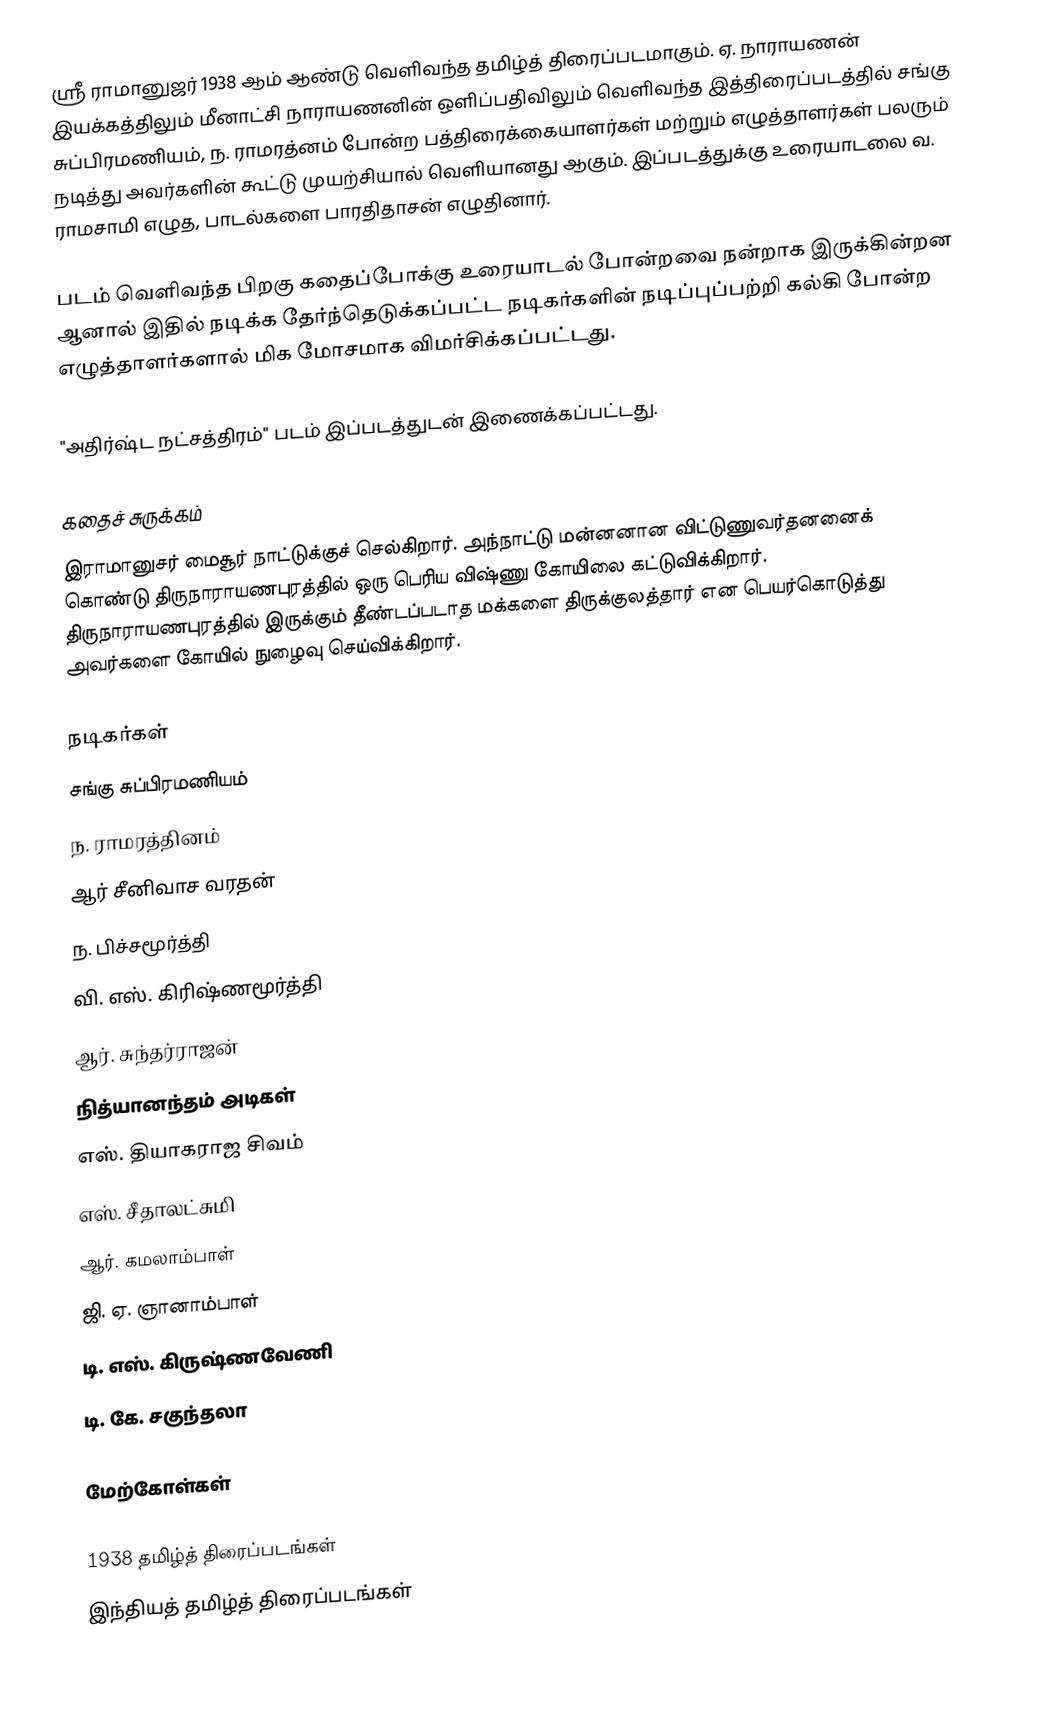
ஸ்ரீ ராமானுஜர் 1938 ஆம் ஆண்டு வெளிவந்த தமிழ்த் திரைப்படமாகும். ஏ. நாராயணன் இயக்கத்திலும் மீனாட்சி நாராயணனின் ஒளிப்பதிவிலும் வெளிவந்த இத்திரைப்படத்தில் சங்கு சுப்பிரமணியம், ந. ராமரத்னம் போன்ற பத்திரைக்கையாளர்கள் மற்றும் எழுத்தாளர்கள் பலரும் நடித்து அவர்களின் கூட்டு முயற்சியால் வெளியானது ஆகும். இப்படத்துக்கு உரையாடலை வ. ராமசாமி எழுத, பாடல்களை பாரதிதாசன் எழுதினார்.

படம் வெளிவந்த பிறகு கதைப்போக்கு உரையாடல் போன்றவை நன்றாக இருக்கின்றன ஆனால் இதில் நடிக்க தேர்ந்தெடுக்கப்பட்ட நடிகர்களின் நடிப்புப்பற்றி கல்கி போன்ற எழுத்தாளர்களால் மிக மோசமாக விமர்சிக்கப்பட்டது.

"அதிர்ஷ்ட நட்சத்திரம்" படம் இப்படத்துடன் இணைக்கப்பட்டது.

கதைச் சுருக்கம்
இராமானுசர் மைசூர் நாட்டுக்குச் செல்கிறார். அந்நாட்டு மன்னனான விட்டுணுவர்தனனைக் கொண்டு  திருநாராயணபுரத்தில் ஒரு பெரிய விஷ்ணு கோயிலை கட்டுவிக்கிறார். திருநாராயணபுரத்தில் இருக்கும் தீண்டப்படாத மக்களை திருக்குலத்தார் என பெயர்கொடுத்து அவர்களை கோயில் நுழைவு செய்விக்கிறார்.

நடிகர்கள்
 சங்கு சுப்பிரமணியம்
 ந. ராமரத்தினம்
 ஆர் சீனிவாச வரதன்
 ந. பிச்சமூர்த்தி
 வி. எஸ். கிரிஷ்ணமூர்த்தி
 ஆர். சுந்தர்ராஜன்
 நித்யானந்தம் அடிகள்
 எஸ். தியாகராஜ சிவம்
 எஸ். சீதாலட்சுமி
 ஆர். கமலாம்பாள்
 ஜி. ஏ. ஞானாம்பாள்
 டி. எஸ். கிருஷ்ணவேணி
 டி. கே. சகுந்தலா

மேற்கோள்கள்

1938 தமிழ்த் திரைப்படங்கள்
இந்தியத் தமிழ்த் திரைப்படங்கள்